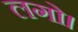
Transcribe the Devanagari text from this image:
लगो।